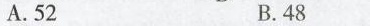
A.52 B.48